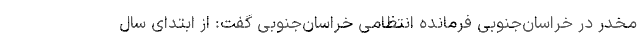
مخدر در خراسان‌جنوبی فرمانده انتظامی خراسان‌جنوبی گفت: از ابتدای سال